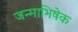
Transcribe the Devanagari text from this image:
जन्माभिषेक